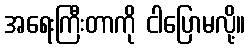
အရေးကြီးတာကို ငါပြောမလို့။